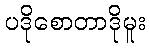
ပဒိုစောတာဒိုမူး